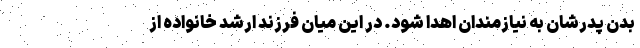
بدن پدرشان به نیازمندان اهدا شود. در این میان فرزند ارشد خانواده از